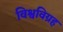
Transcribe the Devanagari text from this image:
विश्वविग्रह